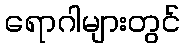
ရောဂါများတွင်